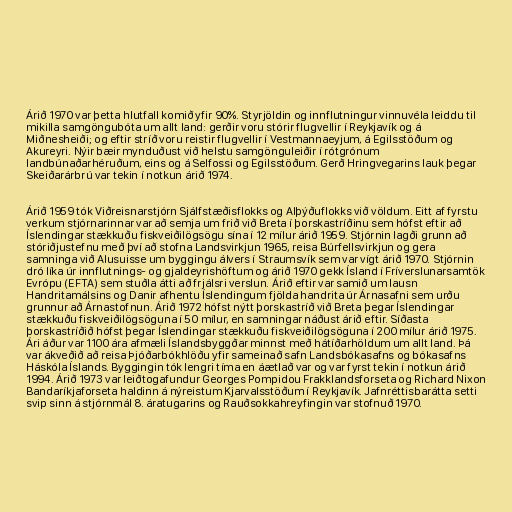
Árið 1970 var þetta hlutfall komið yfir 90%. Styrjöldin og innflutningur vinnuvéla leiddu til
mikilla samgöngubóta um allt land: gerðir voru stórir flugvellir í Reykjavík og á
Miðnesheiði; og eftir stríð voru reistir flugvellir í Vestmannaeyjum, á Egilsstöðum og
Akureyri. Nýir bæir mynduðust við helstu samgönguleiðir í rótgrónum
landbúnaðarhéruðum, eins og á Selfossi og Egilsstöðum. Gerð Hringvegarins lauk þegar
Skeiðarárbrú var tekin í notkun árið 1974.

Árið 1959 tók Viðreisnarstjórn Sjálfstæðisflokks og Alþýðuflokks við völdum. Eitt af fyrstu
verkum stjórnarinnar var að semja um frið við Breta í þorskastríðinu sem hófst eftir að
Íslendingar stækkuðu fiskveiðilögsögu sína í 12 mílur árið 1959. Stjórnin lagði grunn að
stóriðjustefnu með því að stofna Landsvirkjun 1965, reisa Búrfellsvirkjun og gera
samninga við Alusuisse um byggingu álvers í Straumsvík sem var vígt árið 1970. Stjórnin
dró líka úr innflutnings- og gjaldeyrishöftum og árið 1970 gekk Ísland í Fríverslunarsamtök
Evrópu (EFTA) sem stuðla átti að frjálsri verslun. Árið eftir var samið um lausn
Handritamálsins og Danir afhentu Íslendingum fjölda handrita úr Árnasafni sem urðu
grunnur að Árnastofnun. Árið 1972 hófst nýtt þorskastríð við Breta þegar Íslendingar
stækkuðu fiskveiðilögsöguna í 50 mílur, en samningar náðust árið eftir. Síðasta
þorskastríðið hófst þegar Íslendingar stækkuðu fiskveiðilögsöguna í 200 mílur árið 1975.
Ári áður var 1100 ára afmæli Íslandsbyggðar minnst með hátíðarhöldum um allt land. Þá
var ákveðið að reisa Þjóðarbókhlöðu yfir sameinað safn Landsbókasafns og bókasafns
Háskóla Íslands. Byggingin tók lengri tíma en áætlað var og var fyrst tekin í notkun árið
1994. Árið 1973 var leiðtogafundur Georges Pompidou Frakklandsforseta og Richard Nixon
Bandaríkjaforseta haldinn á nýreistum Kjarvalsstöðum í Reykjavík. Jafnréttisbarátta setti
svip sinn á stjórnmál 8. áratugarins og Rauðsokkahreyfingin var stofnuð 1970.